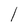
Character: l